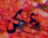
يمكن